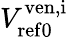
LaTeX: V_{\mathrm{ref0}}^{\mathrm{ven,i}}